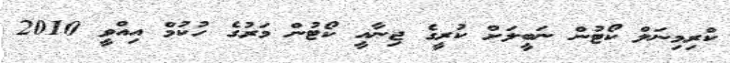
ކްރިމިނަލް ކޯޓުން ނަބީލަށް ކުރީގެ ޖިނާއީ ކޯޓުން މަރުގެ ހުކުމް އިއްވީ 2010